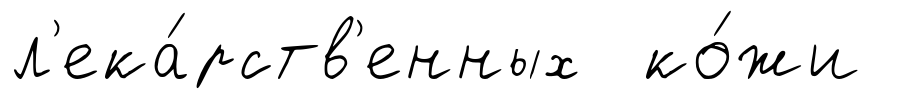
л'ека́рств'енных ко́жи